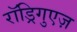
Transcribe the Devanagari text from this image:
रॉड्रिगुएज़